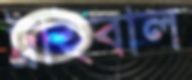
ট্রাইবাল